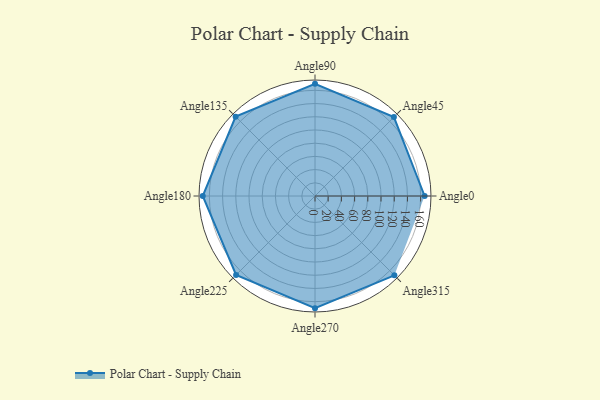
{"axis": {"x": "Angle", "y": "Radius"}, "legend": [""], "data": [{"x": "Angle0", "y": 166.0, "type": ""}, {"x": "Angle45", "y": 169.0, "type": ""}, {"x": "Angle90", "y": 170, "type": ""}, {"x": "Angle135", "y": 170, "type": ""}, {"x": "Angle180", "y": 170.0, "type": ""}, {"x": "Angle225", "y": 169.0, "type": ""}, {"x": "Angle270", "y": 170, "type": ""}, {"x": "Angle315", "y": 170, "type": ""}]}